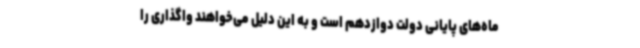
ماه‌های پایانی دولت دوازدهم است و به این دلیل می‌خواهند واگذاری را